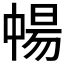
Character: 𬻸